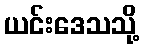
ယင်းဒေသသို့